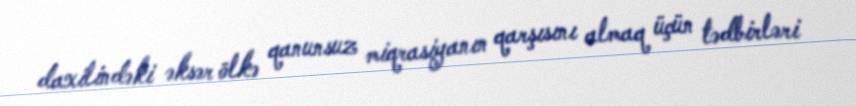
daxilindəki əksər ölkə qanunsuz miqrasiyanın qarşısını almaq üçün tədbirləri